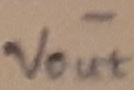
Text: -Vout